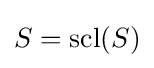
S=\operatorname {scl} (S)